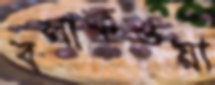
বলাকওয়া